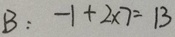
B : - 1 + 2 \times 7 = 1 3